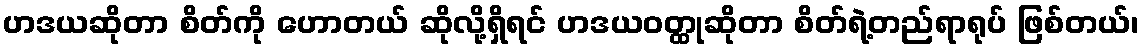
ဟဒယဆိုတာ စိတ်ကို ဟောတယ် ဆိုလို့ရှိရင် ဟဒယဝတ္ထုဆိုတာ စိတ်ရဲ့တည်ရာရုပ် ဖြစ်တယ်၊